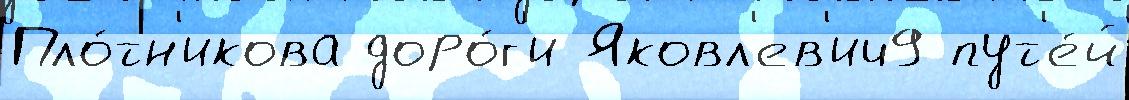
Пло́тн'икова доро́г'и Яковл'ев'ич9 пут'е́й